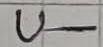
Text: U-